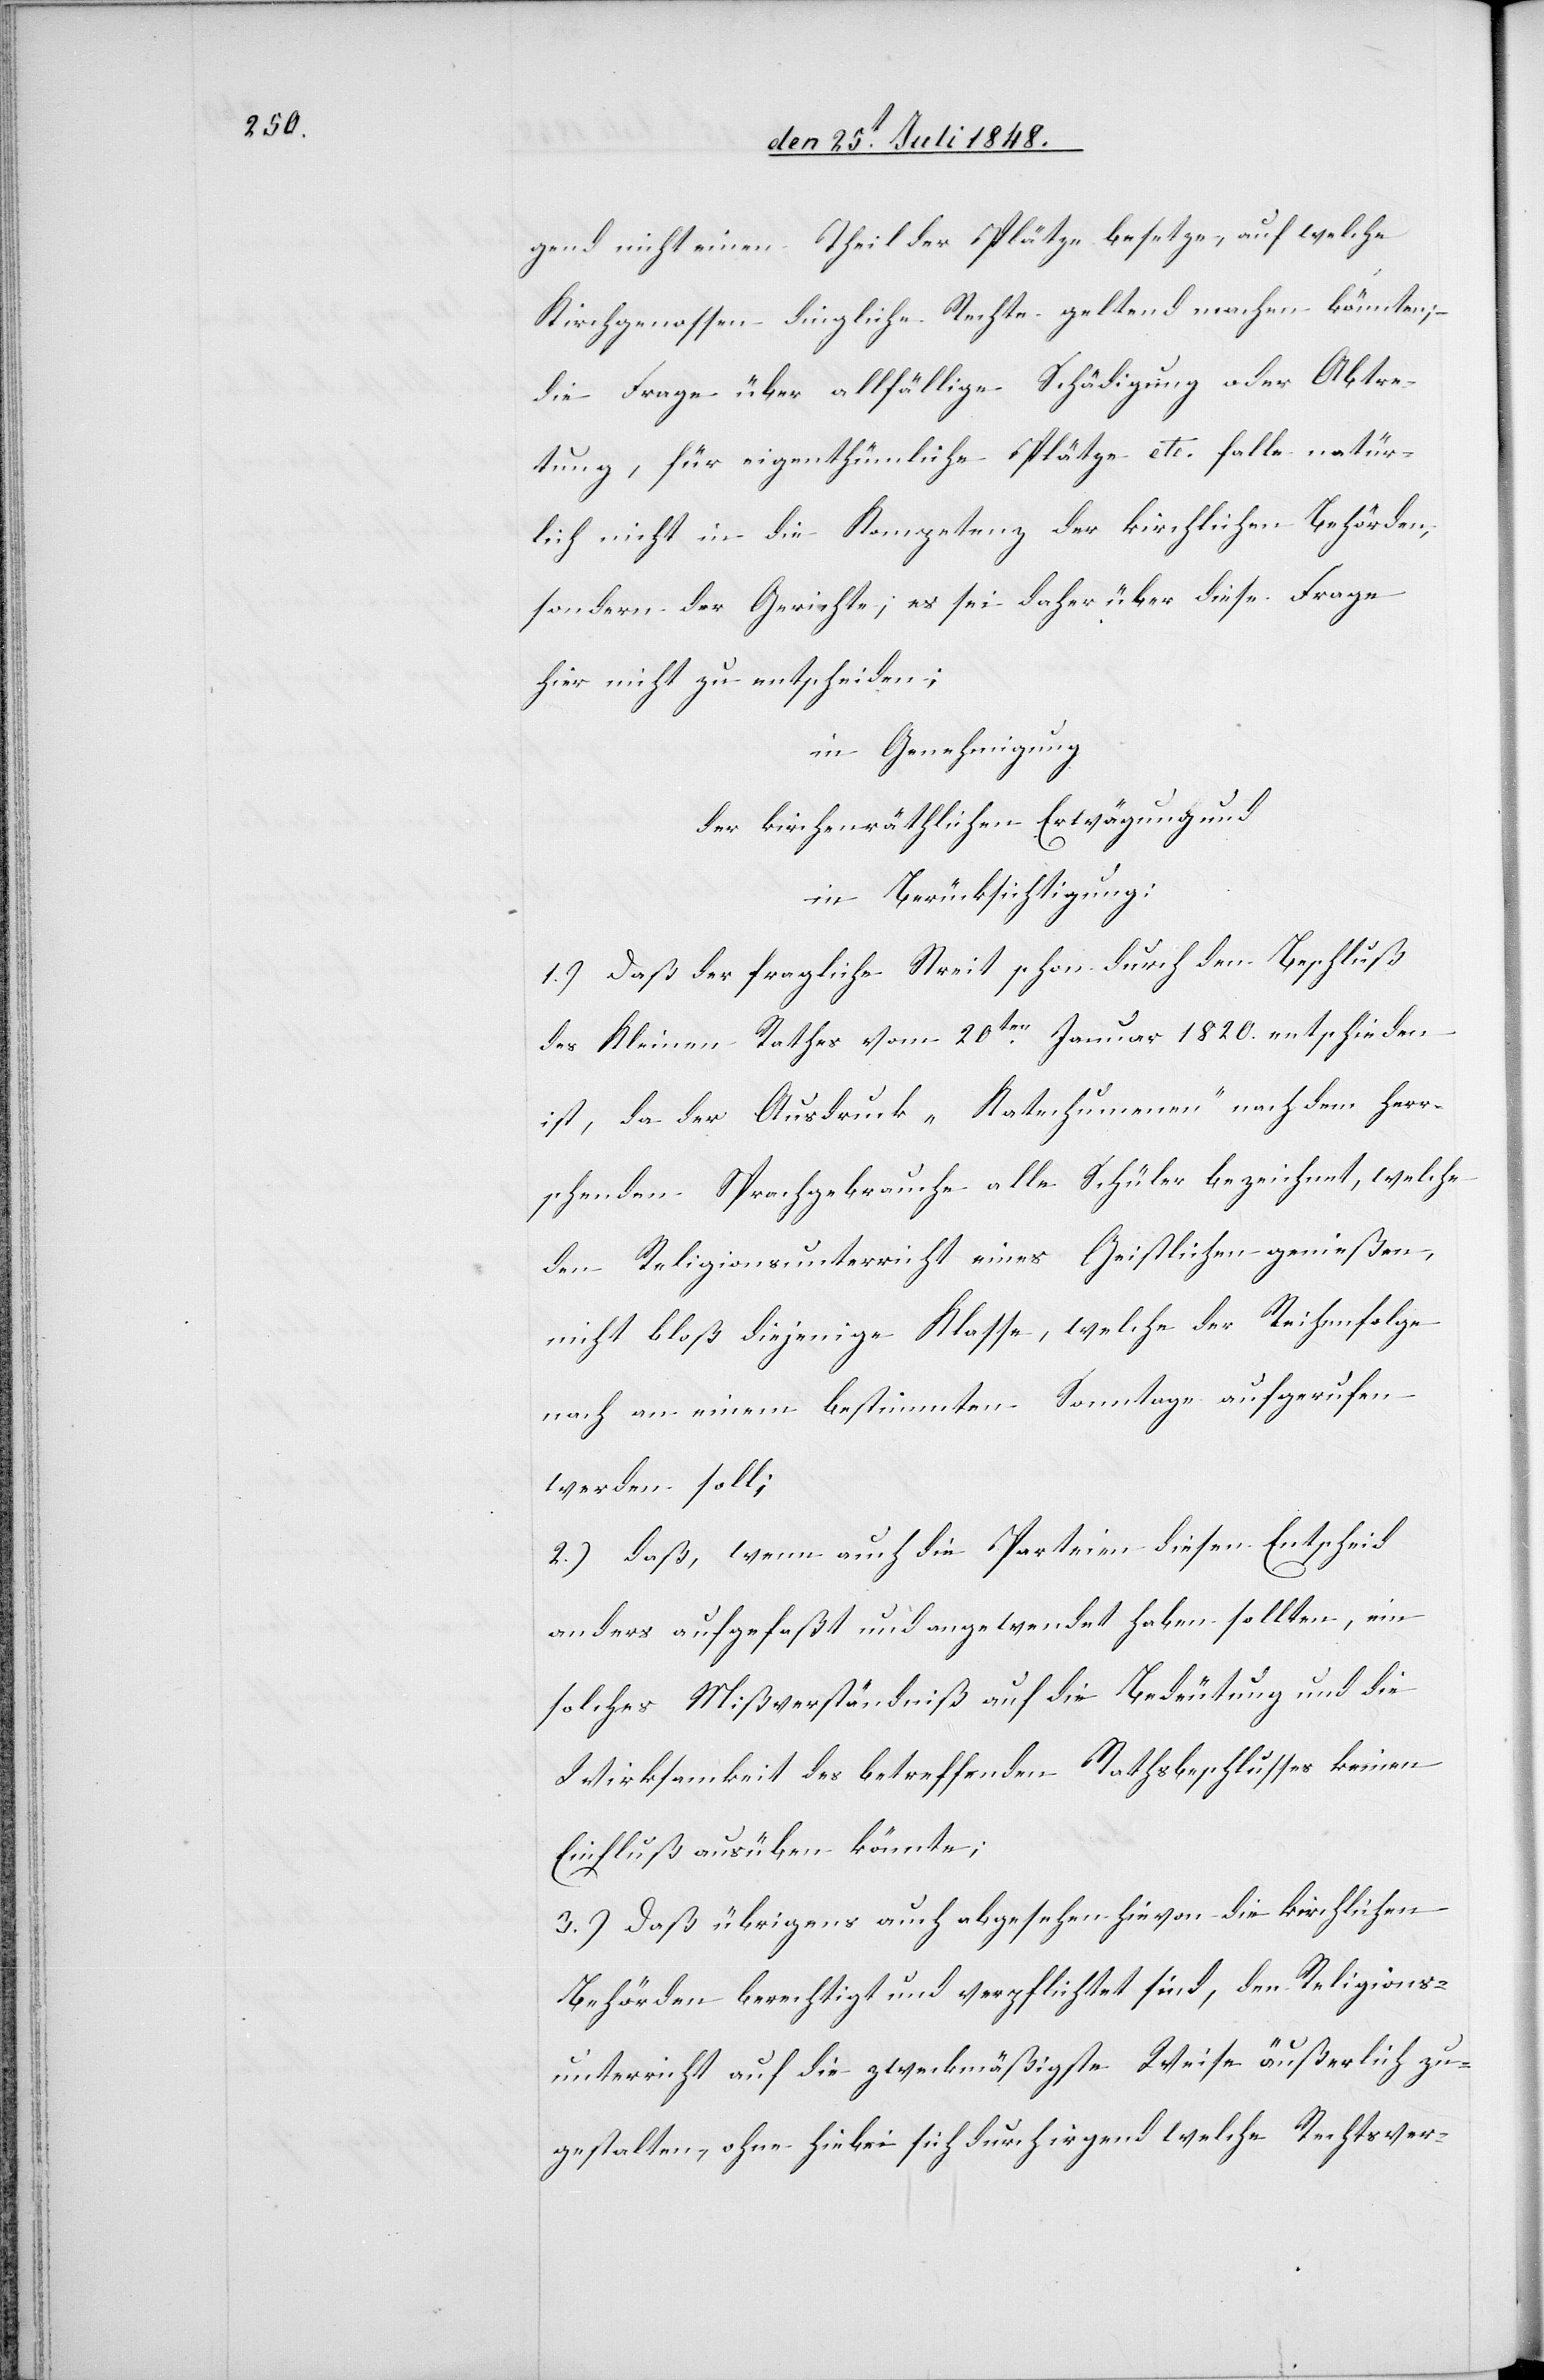
gend nicht einen Theil der Plätze besetze, auf welche
Kirchgenossen dingliche Rechte geltend machen könnten;
die Frage über allfällige Schädigung oder Abtre¬
tung, für eigenthümliche Plätze etc. falle natür¬
lich nicht in die Kompetenz der kirchlichen Behörden,
sondern der Gerichte; es sei daher über diese Frage
hier nicht zu entscheiden;
in Genehmigung
der kirchenräthlichen Erwägung und
in Berücksichtigung:
1.) Daß der fragliche Streit schon durch den Beschluß
des Kleinen Rathes vom 20ten Januar 1820. entschieden
ist, da der Ausdruck „Katechumenen“ nach dem herr¬
schenden Sprachgebrauche alle Schüler bezeichnet, welche
den Religionsunterricht eines Geistlichen genießen,
nicht bloß diejenige Klasse, welche der Reihenfolge
nach an einem bestimmten Sonntage aufgerufen
werden soll;
2.) daß, wenn auch die Parteien diesen Entscheid
anders aufgefaßt und angewendet haben sollten, ein
solches Mißverständniß auf die Bedeutung und die
Wirksamkeit des betreffenden Rathsbeschlusses keinen
Einfluß ausüben könnte;
3.) Daß übrigens auch abgesehen hievon die kirchlichen
Behörden berechtigt und verpflichtet sind, den Religions¬
unterricht auf die zweckmäßigste Weise äußerlich zu
gestalten, ohne hiebei sich durch irgend welche Rechtsver-